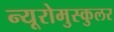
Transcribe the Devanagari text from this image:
न्यूरोमुस्कुलर